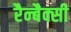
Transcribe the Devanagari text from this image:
रैन्बैक्सी